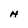
Character: H